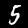
Digit: 5